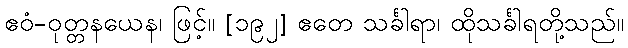
ဧဝံ-ဝုတ္တနယေန၊ ဖြင့်။ [၁၉၂] ဧတေ သင်္ခါရာ၊ ထိုသင်္ခါရတို့သည်။